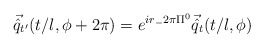
\begin{align*}\vec{\hat{q}}_{t'}(t/l, \phi + 2 \pi) = e^{ir_-2\pi \Pi^0}\vec{\hat{q}}_{t} (t/l,\phi)\end{align*}